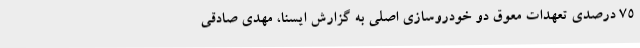
75 درصدی تعهدات معوق دو خودروسازی اصلی به گزارش ایسنا، مهدی صادقی